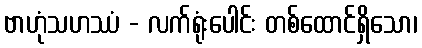
ဗာဟုံသဟဿံ - လက်ရုံးပေါင်း တစ်ထောင်ရှိသော၊